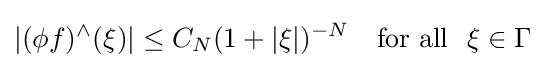
|(\phi f)^{\wedge }(\xi )|\leq C_{N}(1+|\xi |)^{-N}\quad {\mbox{for all }}\ \xi \in \Gamma